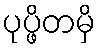
ပုပ္ဖိတမှိ